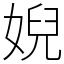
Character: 婗